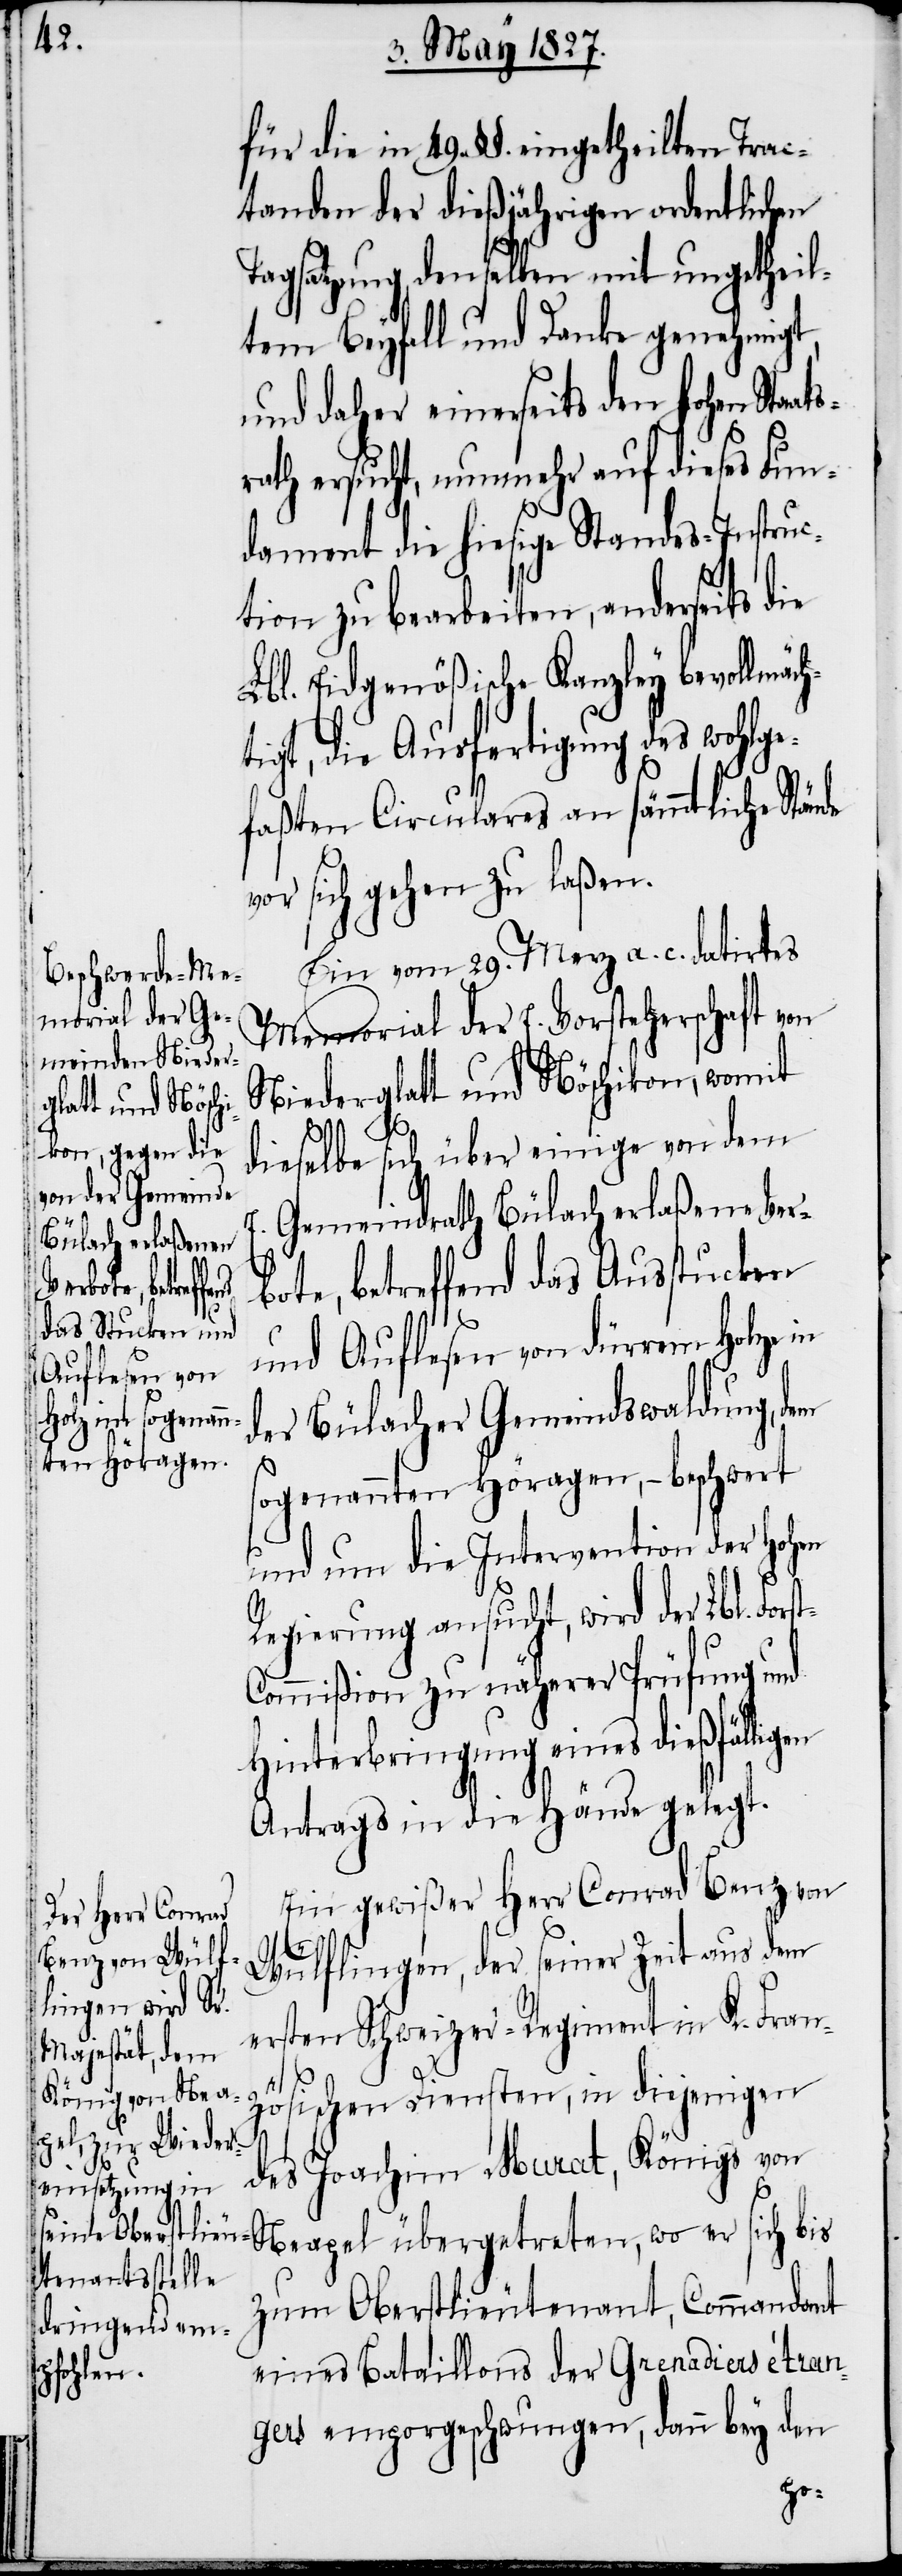
für die in 49. §§. eingetheilten Trac¬
tanden der dießjährigen ordentlichen
Tagsatzung, denselben mit ungetheil¬
tem Beyfall und Danke genehmigt,
und daher einerseits den Hohen Staat¬
rath ersucht, nunmehr auf dieses Fun¬
dament die hiesige Standes-Instruc¬
tion zu bearbeiten, anderseits die
Lbl. Eidgenößische Kanzley bevollmäch¬
tigt, die Ausfertigung des wohlg¬
efaßten Circulars an sämmtliche Stände
vor sich gehen zu laßen.
Ein vom 29. Merz a. c. datirtes
Memorial der E. Vorsteherschaft von
Niederglatt und Nöschikon, womit
E.
dieselbe sich über einige von dem
Gemeindrath Bülach erlaßene Ver¬
bote, betreffend das Ausstucken
treten, wo er
sich
und Auflesen von dürrem Holze in
der Bülacher Gemeindswaldung, dem
sogenannten Höragen, – beschwert
und um die Intervention der Hohen
Regierung ansucht, wird der Lbl. For¬
ommißion zu näherer Prüfung und
Hinterbringung eines dießfälli¬
Antrags in die Hände gelegt.
Ein gewißer Herr Conrad Benz von
st-C¬
Wülflingen, der seiner Zeit aus dem
ersten Schweizer-Regiment in K. Fran¬
zösischen Dienste, in diejenigen
des Joachim Murat, Königs von
zum Oberstlieutenant, Commandant
eines Bataillons der Grenadiers étran¬
gen
gers emporgeschwungen, dann bey den